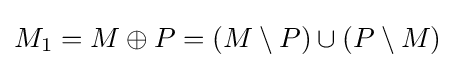
M_{1}=M\oplus P=(M\setminus P)\cup (P\setminus M)